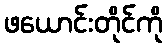
ဖယောင်းတိုင်ကို